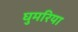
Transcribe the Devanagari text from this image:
घुमरिया